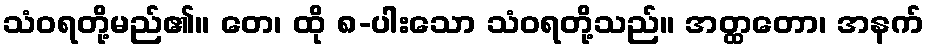
သံဝရတို့မည်၏။ တေ၊ ထို ၈-ပါးသော သံဝရတို့သည်။ အတ္ထတော၊ အနက်